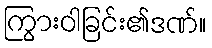
ကြွားဝါခြင်း၏ဒဏ်။